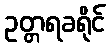
ဥတ္တရခရိုင်